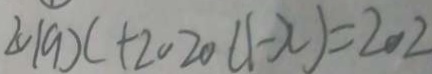
2 0 1 9 x + 2 0 2 0 ( 1 - x ) = 2 0 2